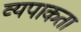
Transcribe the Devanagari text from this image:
व्यपाकता